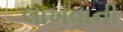
લાખવાની